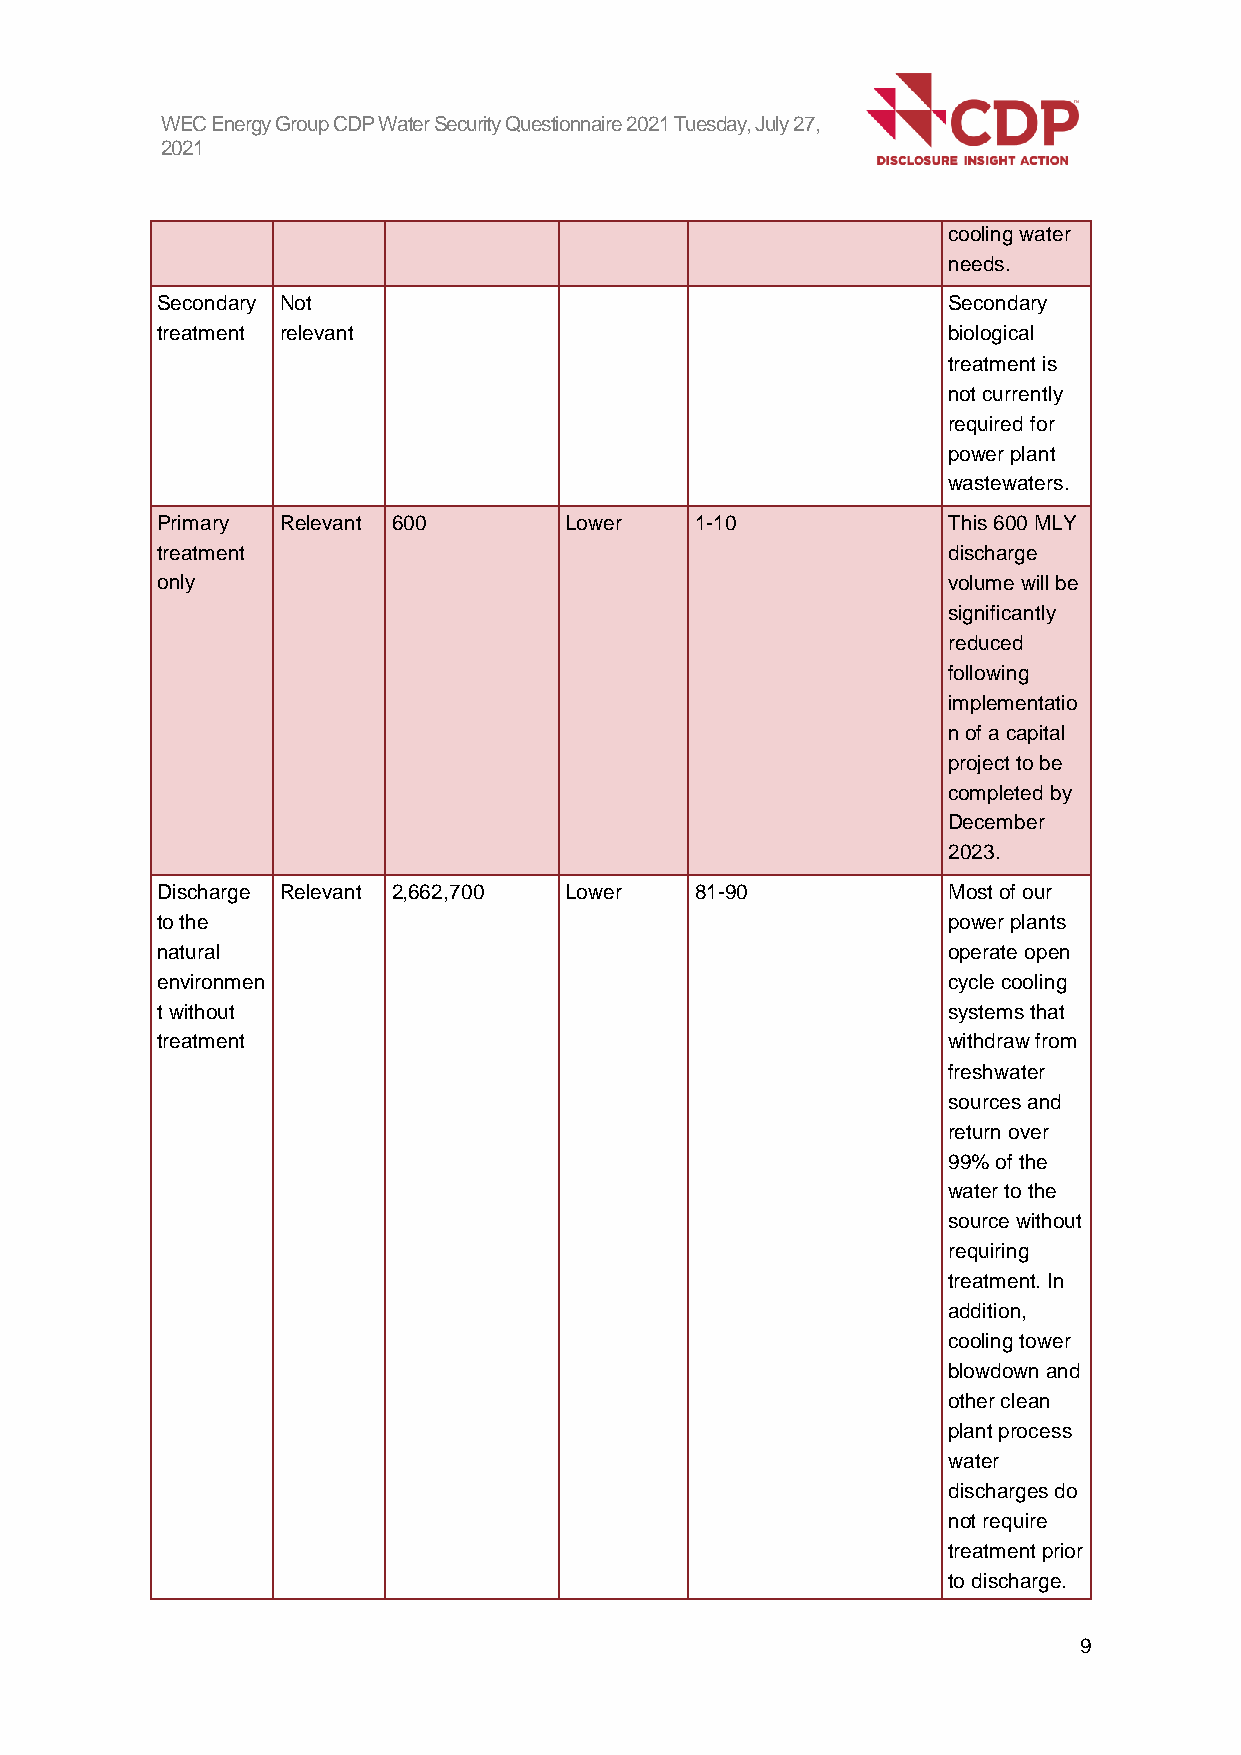
WEC Energy Group CDP Water Security Questionnaire 2021 Tuesday, July 27,
 2021
 cooling water
 needs.
 Secondary Not                                        Secondary
 treatment relevant                                   biological
 treatment is
 not currently
 required for
 power plant
 wastewaters.
 Primary  Relevant 600      Lower    1-10             This 600 MLY
 treatment                                            discharge
 only                                                 volume will be
 significantly
 reduced
 following
 implementatio
 n of a capital
 project to be
 completed by
 December
 2023.
 Discharge Relevant 2,662,700 Lower  81-90            Most of our
 to the                                               power plants
 natural                                              operate open
 environmen                                           cycle cooling
 t without                                            systems that
 treatment                                            withdraw from
 freshwater
 sources and
 return over
 99% of the
 water to the
 source without
 requiring
 treatment. In
 addition,
 cooling tower
 blowdown and
 other clean
 plant process
 water
 discharges do
 not require
 treatment prior
 to discharge.
 9